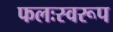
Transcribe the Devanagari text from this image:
फलःस्वरूप